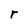
Character: r